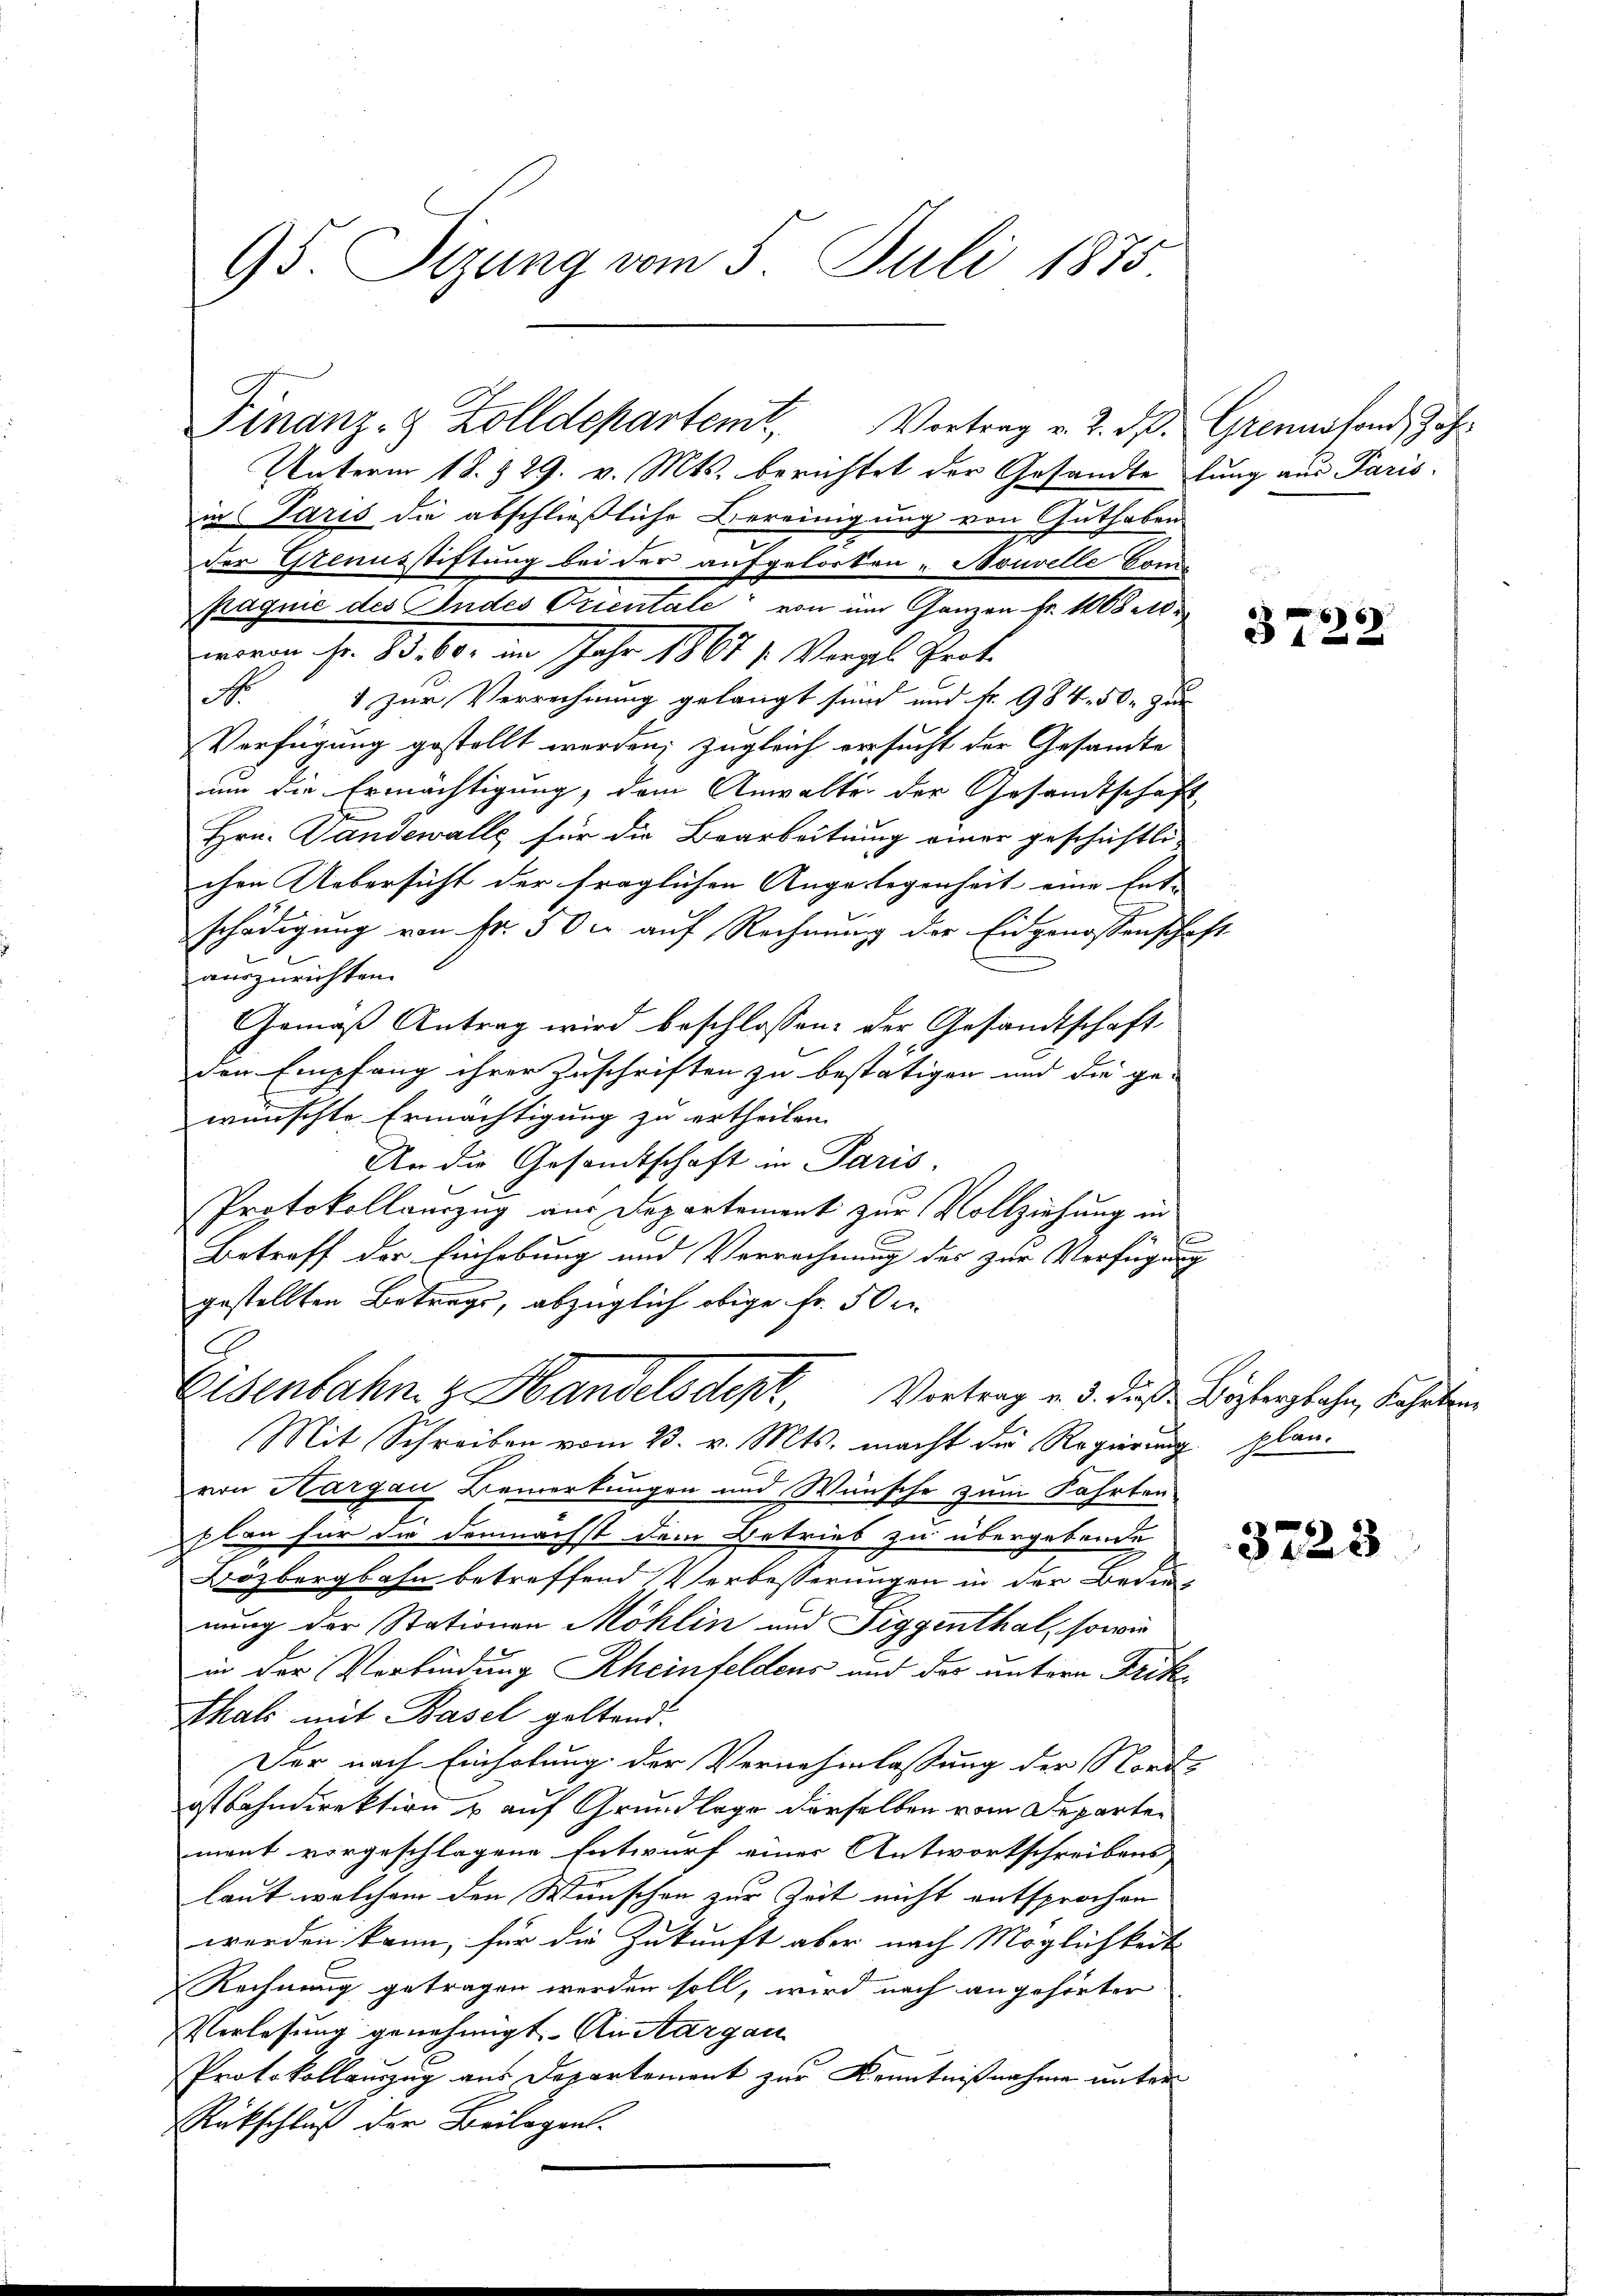
95. Sitzung vom 3. Juli 1875

Unterm 18. 329. v. Mts. berichtet der Gesandte lung aus Paris.
in Paris die abschließliche Bereinigung von Guthaben
der Genusstiftung bei der aufgelorten "Nouvelle Com-
paquić des Indes Orientale von im Ganzen Fr. 1008 Ar
erren sr. 83. 60. im Jahr 1861 f. Vergl. Prot.
No
1 zur Verrechnung gelangt sind und fr. 984. 50. zur
Verfügung gestellt werden; zugleich ersucht der Gesandte
um die Ermächtigung, dem Anwalter der Gesandtschaft
Hrn. Landewalle für die Bearbeitung einer geschichtli
chen Uebersicht der fraglichen Angelegenheit eine Ent- |
schädigung von Fr. 50c auf Rechnung der Eidgenossenschaft
auszurichten.
Gemäß Antrag wird beschlossen: der Gesandtschaft
den Empfang ihrer Zuschriften zu bestätigen und die ge-
wünschte Ermächtigung zu ertheilen.
An die Gesandtschaft in Paris,
Protokollauszug aus Departement zur Vollziehung in
t
Betreff der Einhebung und Verrechnung des zur Verfügung
gestellten Betrags, abzüglich obige Fr. 50 r.
Eisenbahn Handelsdept, Vertrag v. 3. dieß Bestergbahn, kehrtern
Mit Schreiben vom 23. v. Mts. macht die Regierŭng plan-
von Hargau Bemerkungen und Wünsche zum Fahrten
plan für die demnächst dem Betrieb zu übergebende
Bözbergbahn betreffend Verbesserungen in der Bedin-
nung der Stationen Möhlin und Siggenthal, sowie
in der Verbindung Rheinfeldens und der untern Frik¬
Thals mit Basel geltend:
Der nach Einholung der Vernehmlassung der Nord-
ostbahndirektion u auf Grundlage derselben vom Departen
ment vorgeschlagene Entwurf einer Antwortschreibens
laut welchem den Wunschen zur Zeit nicht entsprochen
werden kann, für die Zukunft aber nach Möglichkeit
Rechnung getragen werden soll, wird nach angehörter
Verlesung genehmigt. An Margau
Protokollanzug aus Departement zur Kenntnißnahme unter
Rückschluß der Beilagen.

Finanz- & Zolldepartemt. Vortrag v. 2. d. Grennsfond, Zöhr

3722

3723